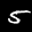
Label: 5